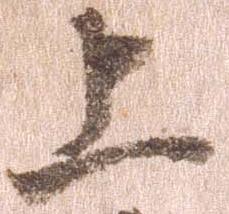
上